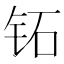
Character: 𬬷